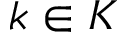
k \in K